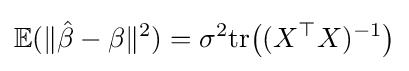
\mathbb {E} (\|{\hat {\beta }}-\beta \|^{2})=\sigma ^{2}\mathrm {tr} {\bigl (}(X^{\top }X)^{-1}{\bigr )}